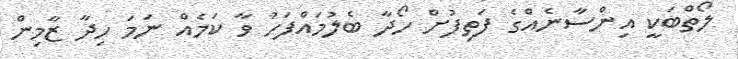
ލޯތްބަކީ އިންސާނެއްގެ ފަތިފުށް ހޯދާ ބެލުމައްފަހު ވާ ކަމެއް ނަމަ ހިދާ ޒާމިން